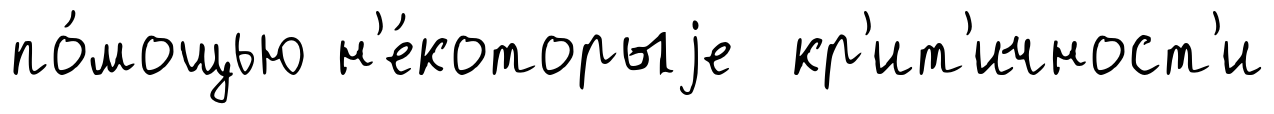
по́мощью н'е́которыjе кр'ит'ичност'и